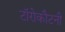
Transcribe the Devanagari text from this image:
टॉरोकौटनी